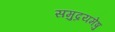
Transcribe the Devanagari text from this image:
समुद्रयमेषु